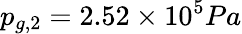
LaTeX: p_{g,2}=2.52\times 10^{5}Pa